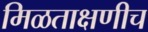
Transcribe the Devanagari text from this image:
मिळताक्षणीच